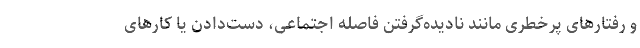
و رفتارهای پرخطری مانند نادیده‌گرفتن فاصله اجتماعی، دست‌دادن یا کارهای